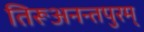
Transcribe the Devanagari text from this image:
तिरूअनन्तपुरम्